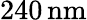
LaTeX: {240}\, \mathrm{nm}